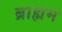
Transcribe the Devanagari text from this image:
ब्राह्मम